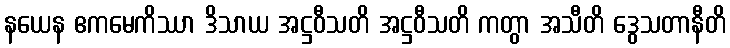
နယေန ဧကမေကိဿာ ဒိသာယ အဋ္ဌဝီသတိ အဋ္ဌဝီသတိ ကတွာ အသီတိ ဒွေသတာနီတိ